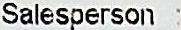
SALESPERSON :